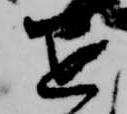
退